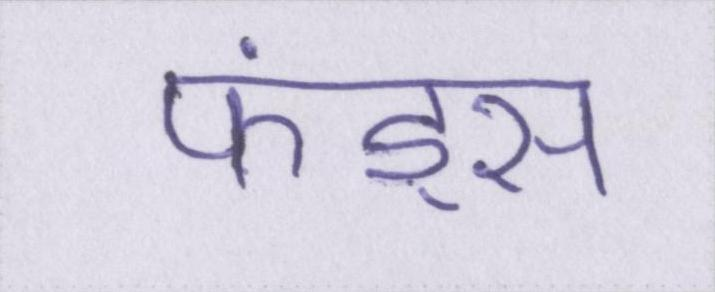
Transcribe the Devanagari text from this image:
फंड्स